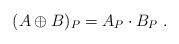
LaTeX: \begin{align*}(A\oplus B)_P = A_P\cdot B_P\;.\end{align*}